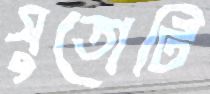
সুতোটি